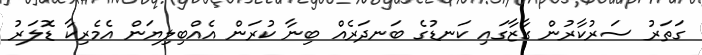
ގަތަރު ސަރުކާރުން ގާޒާގައި ކަނޑުގެ ބަނދަރެއް ބިނާ ކުރަން އެއްބިލިޔަން އެމެރިކާ ޑޮލަރު